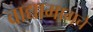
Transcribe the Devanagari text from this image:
वाद्यामागचे